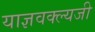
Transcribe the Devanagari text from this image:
याज्ञवक्ल्यजी